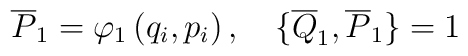
\overline{P}_1 = \varphi_1 \left ( q_i , p_i \right ),\quad \{\overline{Q}_1 , \overline{P}_1\} = 1